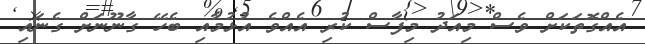
އެއްގޮތަކަށް ވެސް މިއަދު މިފާސް ކުރި އެއްވެ އުޅުމާއި ބެހޭ ގާނޫނަށް ގެނައި